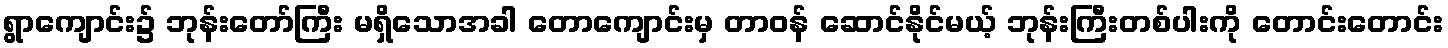
ရွာကျောင်း၌ ဘုန်းတော်ကြီး မရှိသောအခါ တောကျောင်းမှ တာဝန် ဆောင်နိုင်မယ့် ဘုန်းကြီးတစ်ပါးကို တောင်းတောင်း